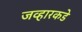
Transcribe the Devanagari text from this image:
जव्हारकडे